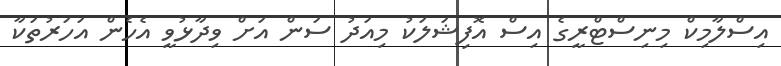
އިސްލާމިކް މިނިސްޓްރީގެ އިސް އޮފިޝަލަކު މިއަދު ސަން އަށް ވިދާޅުވީ އެހެން އަހަރުތަކާ